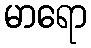
မာရော